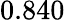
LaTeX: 0.840